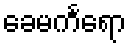
ခေမင်္ကရော